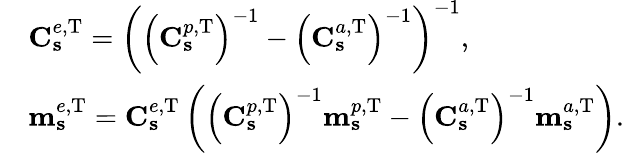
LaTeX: \begin{array}{rl}&{\mathbf{C}_{\mathbf{s}}^{e,\mathrm{T}}=\left(\left(\mathbf{C}_{\mathbf{s}}^{p,\mathrm{T}}\right)^{-1}-\left(\mathbf{C}_{\mathbf{s}}^{a,\mathrm{T}}\right)^{-1}\right)^{-1},}\\ &{\mathbf{m}_{\mathbf{s}}^{e,\mathrm{T}}=\mathbf{C}_{\mathbf{s}}^{e,\mathrm{T}}\left(\left(\mathbf{C}_{\mathbf{s}}^{p,\mathrm{T}}\right)^{-1}\mathbf{m}_{\mathbf{s}}^{p,\mathrm{T}}-\left(\mathbf{C}_{\mathbf{s}}^{a,\mathrm{T}}\right)^{-1}\mathbf{m}_{\mathbf{s}}^{a,\mathrm{T}}\right).}\end{array}